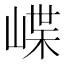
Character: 𡺑